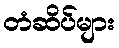
တံဆိပ်များ